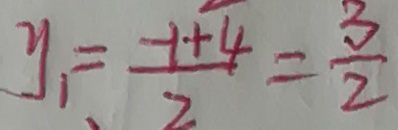
y _ { 1 } = \frac { - 1 + 4 } { 2 } = \frac { 3 } { 2 }